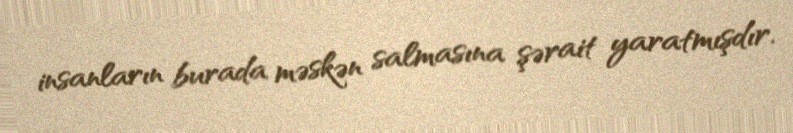
insanların burada məskən salmasına şərait yaratmışdır.